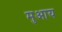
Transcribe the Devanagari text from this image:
मुआय